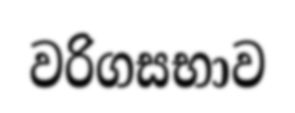
වරිගසභාව